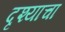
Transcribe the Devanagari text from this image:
दृश्याचा